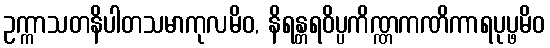
ဥက္ကာသတနိပါတသမာကုလမိဝ, နိရန္တရဝိပ္ပကိဏ္ဏကဏိကာရပုပ္ဖမိဝ